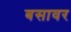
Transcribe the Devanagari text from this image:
बसावर